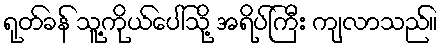
ရုတ်ခန် သူ့ကိုယ်ပေါ်သို့ အရိပ်ကြီး ကျလာသည်။